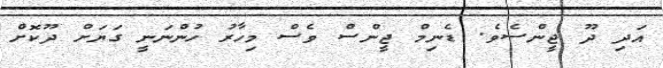
އަދި ދޫ ޖީންސެވެ. ޑެނިމް ޖީންސް ވެސް މިހާރު ހުންނަނީ ގަޔަށް ދޫކޮށް